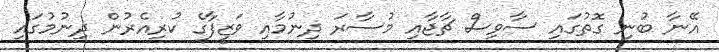
އޭނާ ބުނި ގޮތުގައި ސާވިސް ޗާޖާއި މުސާރަ ދިނުމާއި ވަޒީފާގެ ކުރިއެރުން ދިނުމުގައި